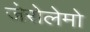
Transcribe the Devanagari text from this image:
जेरोलेमो